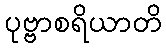
ပုဗ္ဗာစရိယာတိ